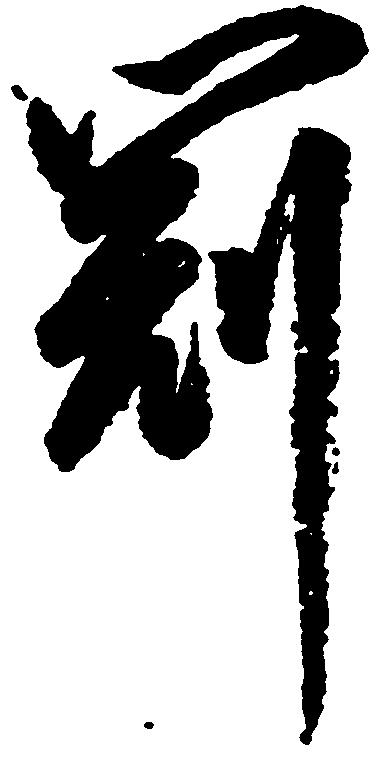
冠